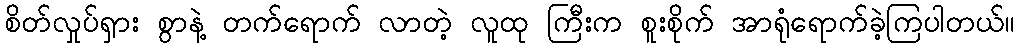
စိတ်လှုပ်ရှား စွာနဲ့ တက်ရောက် လာတဲ့ လူထု ကြီးက စူးစိုက် အာရုံရောက်ခဲ့ကြပါတယ်။